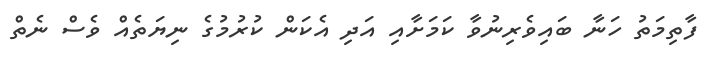
ފާތިމަތު ހަނާ ބައިވެރިނުވާ ކަމަށާއި އަދި އެކަން ކުރުމުގެ ނިޔަތެއް ވެސް ނެތް